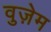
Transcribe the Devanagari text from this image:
वुज़ेम